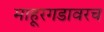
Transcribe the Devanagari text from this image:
माहूरगडावरच